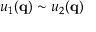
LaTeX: u _ { 1 } ( \mathbf { q } ) \sim u _ { 2 } ( \mathbf { q } )